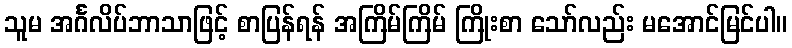
သူမ အင်္ဂလိပ်ဘာသာဖြင့် စာပြန်ရန် အကြိမ်ကြိမ် ကြိုးစာ သော်လည်း မအောင်မြင်ပါ။